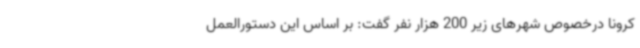
کرونا درخصوص شهرهای زیر 200 هزار نفر گفت: بر اساس این دستورالعمل